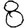
Digit: 8